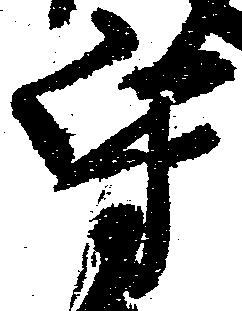
守